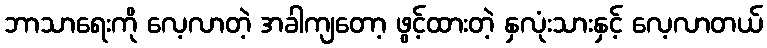
ဘာသာရေးကို လေ့လာတဲ့ အခါကျတော့ ဖွင့်ထားတဲ့ နှလုံးသားနှင့် လေ့လာတယ်